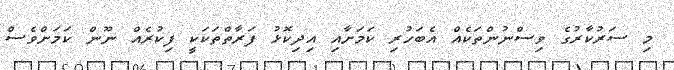
މި ސަރުކާރުގެ ވިސްނުންތަކެއް އެބަހުރި ކަމަށާއި އިދިކޮޅު ފަރާތްތަކަކީ ފިކުރެއް ނޫން ކަމަށްވެސް